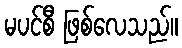
မပင်စီ ဖြစ်လေသည်။